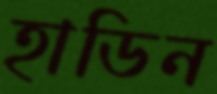
হাডিন